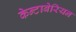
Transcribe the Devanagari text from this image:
केन्टाबेरियन